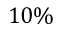
1 0 \%